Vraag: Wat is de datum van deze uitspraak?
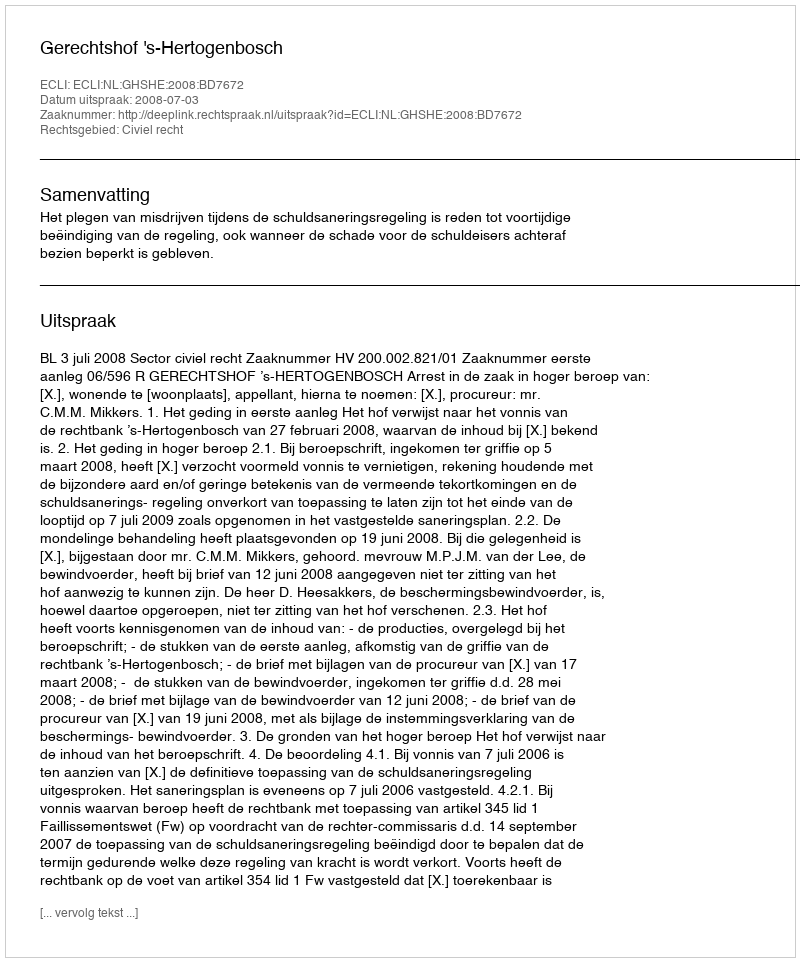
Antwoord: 2008-07-03